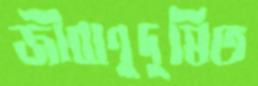
জীবাণুদূষিত